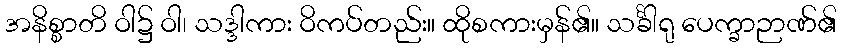
အနိစ္စာတိ ဝါ၌ ဝါ၊ သဒ္ဒါကား ဝိကပ်တည်း။ ထိုစကားမှန်၏။ သင်္ခါရု ပေက္ခာဉာဏ်၏